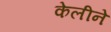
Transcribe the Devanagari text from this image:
केलीने